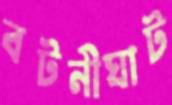
বটনীঘাট